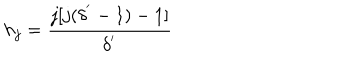
h _ { j } = \frac { j [ j ( \delta ^ { ' } - 1 ) - 1 ] } { \delta ^ { ' } }